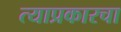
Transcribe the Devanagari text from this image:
त्याप्रकारचा